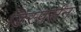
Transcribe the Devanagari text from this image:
डिस्पर्सन